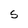
Character: S